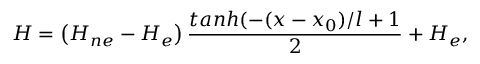
H = \left( H _ { n e } - H _ { e } \right) \frac { t a n h ( - ( x - x _ { 0 } ) / l + 1 } { 2 } + H _ { e } ,